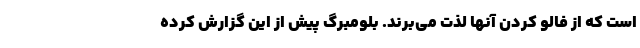
است که از فالو کردن آنها لذت می‌برند. بلومبرگ پیش از این گزارش کرده